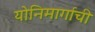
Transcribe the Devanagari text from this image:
योनिमार्गाची